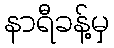
နာရီခန့်မှ